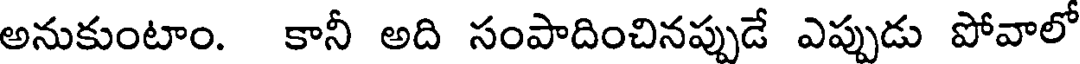
అనుకుంటాం. కానీ అది సంపాదించినప్పుడే ఎప్పుడు పోవాలో